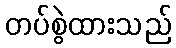
တပ်စွဲထားသည်